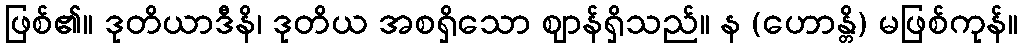
ဖြစ်၏။ ဒုတိယာဒီနိ၊ ဒုတိယ အစရှိသော ဈာန်ရှိသည်။ န (ဟောန္တိ) မဖြစ်ကုန်။